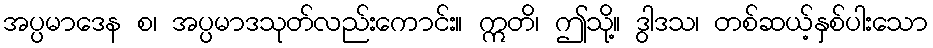
အပ္ပမာဒေန စ၊ အပ္ပမာဒသုတ်လည်းကောင်း။ ဣတိ၊ ဤသို့။ ဒွါဒသ၊ တစ်ဆယ့်နှစ်ပါးသော